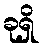
ခုရှိ